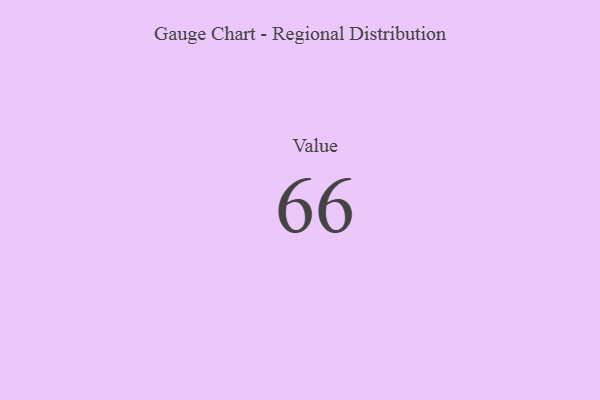
{"axis": {"x": "Metric", "y": "Value"}, "legend": [""], "data": [{"x": "Value", "y": 66, "type": ""}]}